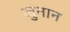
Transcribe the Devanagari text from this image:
जुनान